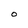
Character: O